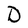
Character: D